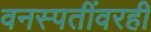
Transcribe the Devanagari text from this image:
वनस्पतींवरही